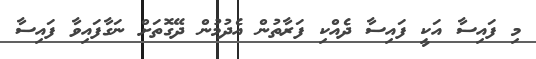
މި ފައިސާ އަކީ ފައިސާ ދެއްކި ފަރާތުން އެދުމުން ދޭގޮތަށް ނަގާފައިވާ ފައިސާ